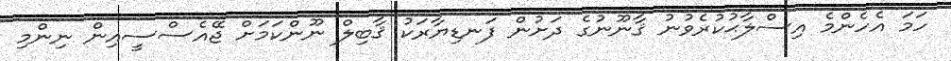
ހަމަ އެހެންމެ އިސްލާޙުކުރެވުނު ޤާނޫނުގެ ދަށުން ފަނޑިޔާރަކު ޤާބިލް ނޫންކަމަށް ޖޭއެސްސީއިން ނިންމި